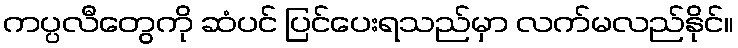
ကပ္ပလီတွေကို ဆံပင် ပြင်ပေးရသည်မှာ လက်မလည်နိုင်။